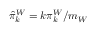
\widehat { \pi } _ { k } ^ { W } = k \pi _ { k } ^ { W } / m _ { W }